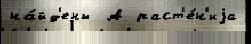
на́йд'ены  А раст'е́н'иjа